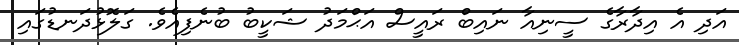
އަދި އެ އިދާރާގެ ސީނިއާ ނައިބް ރައީސް އަޙްމަދު ޝަކީބު ބުނެފިއެވެ. ގަލޮޅުދަނޑުގައި